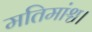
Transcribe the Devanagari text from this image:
मतिमांश्च।